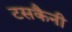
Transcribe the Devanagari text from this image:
टसकैनी